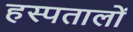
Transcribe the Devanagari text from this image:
हस्पतालों